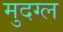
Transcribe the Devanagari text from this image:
मुदग्ल